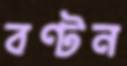
বণ্টন